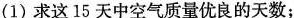
(1)求这15天中空气质量优良的天数；